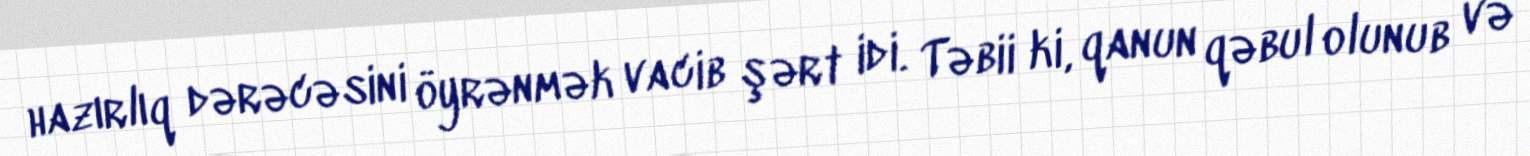
hazırlıq dərəcəsini öyrənmək vacib şərt idi. Təbii ki, qanun qəbul olunub və